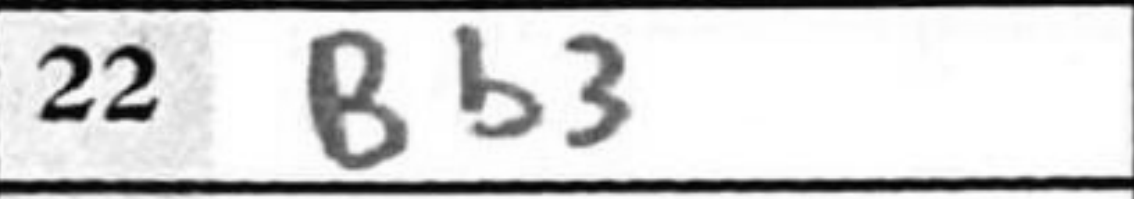
Transcription: Bb3